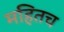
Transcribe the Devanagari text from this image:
महितच